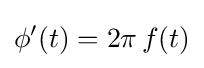
\phi '(t)=2\pi \,f(t)